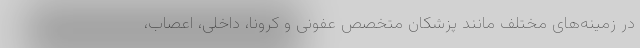
در زمینه‌های مختلف مانند پزشکان متخصص عفونی و کرونا، داخلی، اعصاب،